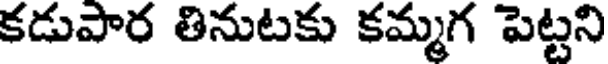
కడుపార తినుటకు కమ్మగ పెట్టని